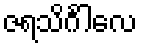
ဇရသိင်္ဂါလေ